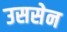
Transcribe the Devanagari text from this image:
उससेन